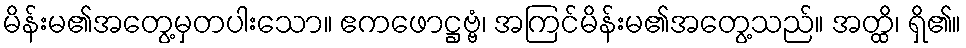
မိန်းမ၏အတွေ့မှတပါးသော။ ဧကဖောဋ္ဌဗ္ဗံ၊ အကြင်မိန်းမ၏အတွေ့သည်။ အတ္ထိ၊ ရှိ၏။